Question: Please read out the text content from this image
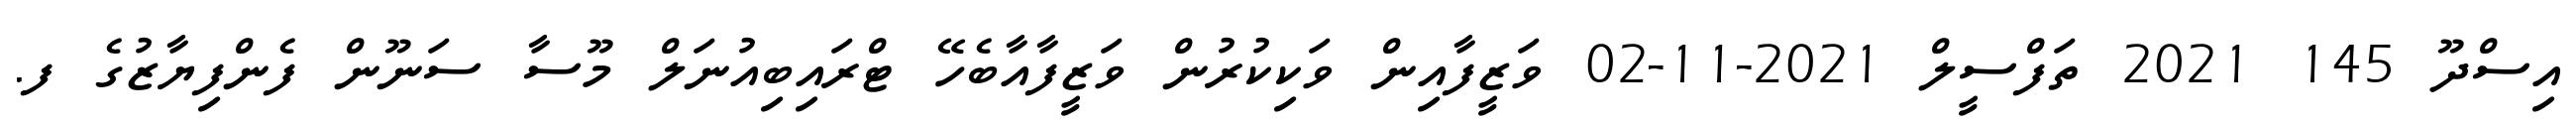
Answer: އިސްދޫ 145 2021 ތަފްސީލް 2021-11-02 ވަޒީފާއިން ވަކިކުރުން ވަޒީފާއާބެހޭ ޓްރައިބިއުނަލް މޫސާ ސަނޫން ފެންފިޔާޒުގެ ފ.